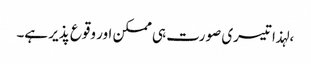
، لہذا تیسری صورت ہی ممکن اور وقوع پذیر ہے۔